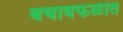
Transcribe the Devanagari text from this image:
बचावफळीत